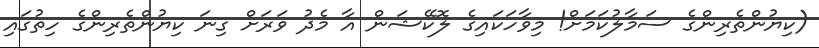
(ކިޔުންތެރިންގެ ސަމާލުކަމަށް! މިވާހަކައިގެ ލޮކޭޝަން އާ މެދު ވަރަށް ގިނަ ކިޔުންތެރިންގެ ހިތުގައި